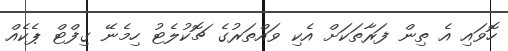
ހޮވައި އެ ތިން ފަރާތަކަށް އެކި ވައްތަރުގެ ޗޮކުލެޓު ހިމެނޭ ގިފްޓް ޕެކެއް